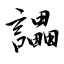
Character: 讄